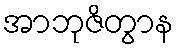
အာဘုဇိတွာန